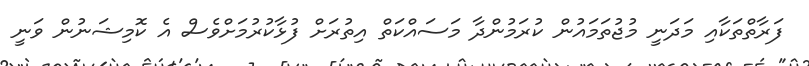
ފަރާތްތަކާއި މަދަނީ މުޖުތަމައުން ކުރަމުންދާ މަސައްކަތް އިތުރަށް ފުޅާކުރުމަށްވެސް އެ ކޮމިޝަނުން ވަނީ